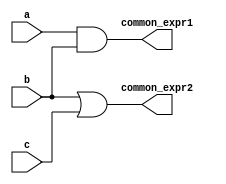
module common_logic (
    input wire a,
    input wire b,
    input wire c,
    output wire common_expr1,
    output wire common_expr2
);
    // Common sub-expressions
    assign common_expr1 = a & b; // Example common expression
    assign common_expr2 = b | c; // Another common expression
endmodule